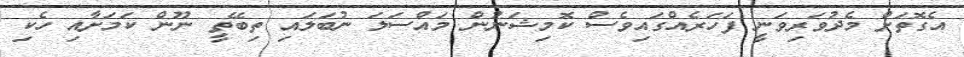
އެގޮތަށް މެދުވަރިވަނީ ފަހަރެއްގައިވެސް ކޮމިޝަނުން މައްސަލަ ނުބަލައި ތިބޭތީ ނޫން ކަމަށާއި ހެކި